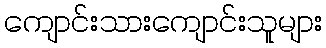
ကျောင်းသားကျောင်းသူများ